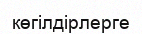
көгілдірлерге